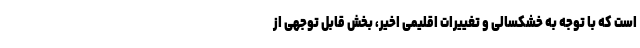
است که با توجه به خشکسالی و تغییرات اقلیمی اخیر، بخش قابل توجهی از